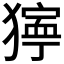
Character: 𤡛